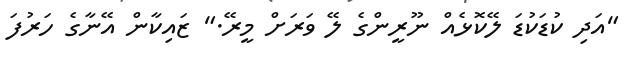
"އަދި ކުޑަކުޑަ ލޭކޮޅެއް ނޫރީންގެ ލޭ ވަރަށް މީރޭ." ޒައިކާން އޭނާގެ ހަރުފަ